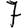
Digit: 7